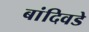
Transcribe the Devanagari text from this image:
बांदिवडे